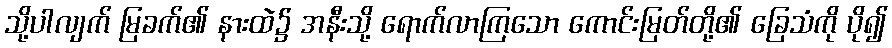
သို့ပါလျက် မြခက်၏ နားထဲ၌ အနီးသို့ ရောက်လာကြသော ကောင်းမြတ်တို့၏ ခြေသံကို ပို၍